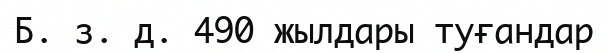
Б. з. д. 490 жылдары туғандар